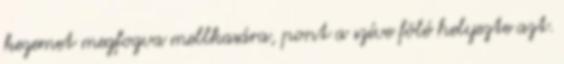
kezemet megfogva mellkasára, pont a szíve fölé helyezte azt.